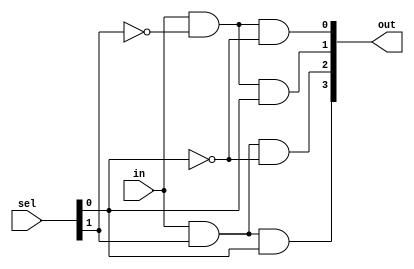
`timescale 1ns / 1ps
//////////////////////////////////////////////////////////////////////////////////
// Company: 
// Engineer: 
// 
// Design Name: 
// Module Name: demux_fd
// Project Name: 
// Target Devices: 
// Tool Versions: 
// Description: 
// 
// Dependencies: 
// 
// Revision:
// Revision 0.01 - File Created
// Additional Comments:
// 
//////////////////////////////////////////////////////////////////////////////////


module demux_proc(output [3:0] out, input [1:0] sel, input in);
     assign out[0] = in & ~sel[1] & ~sel[0];
     assign out[1] = in & ~sel[1] & sel[0];
     assign out[2] = in & sel[1] & ~sel[0];
     assign out[3] = in & sel[1] & sel[0];
endmodule